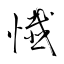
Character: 懴